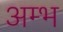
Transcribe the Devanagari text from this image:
अम्भ